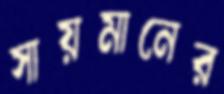
সায়মানের